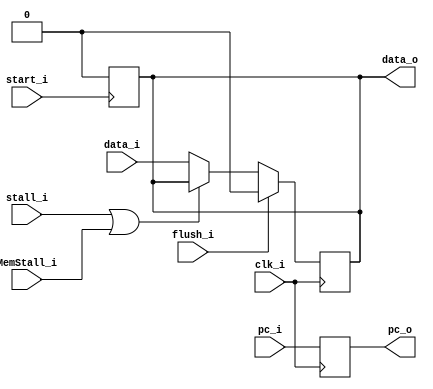
module Pipeline_Register
(
    clk_i,
    start_i,
    stall_i,
    flush_i,
    pc_i,
    data_i,
    pc_o,
    data_o,
    MemStall_i
);

input                clk_i, start_i;
input                stall_i, flush_i, MemStall_i;
input   [ 31:0]      pc_i;
input   [n-1:0]      data_i;
output  [ 31:0]      pc_o;
output  [n-1:0]      data_o;

reg     [n-1:0]      data_o;
reg     [ 31:0]     pc_o;

parameter n = 1;


always @(posedge start_i) begin
    data_o <= 0; 
end

always @(posedge clk_i) begin
    if (flush_i == 1)
        data_o <= 0;
    else if (stall_i == 1 || MemStall_i == 1)
        data_o <= data_o;
    else
        data_o <= data_i;

    pc_o <= pc_i;
end

endmodule